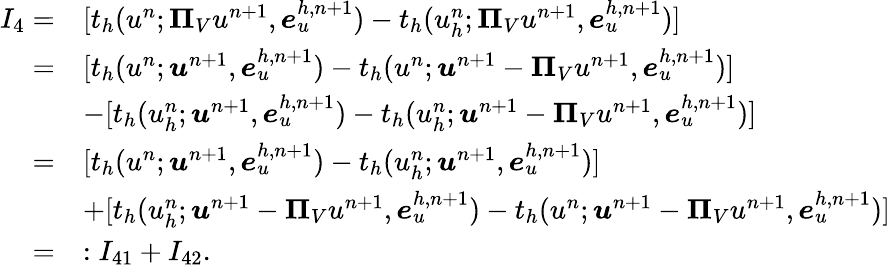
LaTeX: \begin{array}{rl}{I_{4}=}&{[t_{h}(u^{n};\boldsymbol{\Pi}_{V}u^{n+1},\boldsymbol{e}_{u}^{h,n+1})-t_{h}(u_{h}^{n};\boldsymbol{\Pi}_{V}u^{n+1},\boldsymbol{e}_{u}^{h,n+1})]}\\ {=}&{[t_{h}(u^{n};\boldsymbol{u}^{n+1},\boldsymbol{e}_{u}^{h,n+1})-t_{h}(u^{n};\boldsymbol{u}^{n+1}-\boldsymbol{\Pi}_{V}u^{n+1},\boldsymbol{e}_{u}^{h,n+1})]}\\ &{-[t_{h}(u_{h}^{n};\boldsymbol{u}^{n+1},\boldsymbol{e}_{u}^{h,n+1})-t_{h}(u_{h}^{n};\boldsymbol{u}^{n+1}-\boldsymbol{\Pi}_{V}u^{n+1},\boldsymbol{e}_{u}^{h,n+1})]}\\ {=}&{[t_{h}(u^{n};\boldsymbol{u}^{n+1},\boldsymbol{e}_{u}^{h,n+1})-t_{h}(u_{h}^{n};\boldsymbol{u}^{n+1},\boldsymbol{e}_{u}^{h,n+1})]}\\ &{+[t_{h}(u_{h}^{n};\boldsymbol{u}^{n+1}-\boldsymbol{\Pi}_{V}u^{n+1},\boldsymbol{e}_{u}^{h,n+1})-t_{h}(u^{n};\boldsymbol{u}^{n+1}-\boldsymbol{\Pi}_{V}u^{n+1},\boldsymbol{e}_{u}^{h,n+1})]}\\ {=}&{:I_{41}+I_{42}.}\end{array}